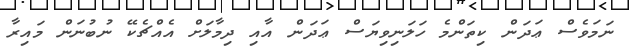
ނަމަވެސް ޢަދަން ކިތަންމެ ހަލަނިވިޔަސް ޢަދަން އާއި ދިމާލަށް އެއްޗެކޭ ނުބުނަން މައިރާ